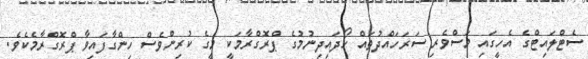
ސެޓްލައިޓްގެ އެހީގައި މަސްވެރި ސަރަހައްދުތައް ހޯދައިދިނުމުގެ ޕްރޮގްރާމަކީ މީގެ ކުރިންވެސް ހިންގާފައިވާ ޕްރޮގްރާމެކެވެ.